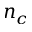
n _ { c }